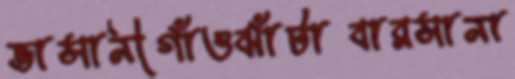
ভাসানীগাঁওঝাঁটাবারসানা